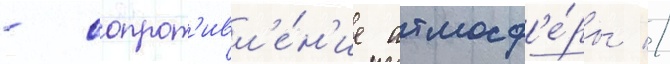
- сопрот'ивл'е́н'ие атмосф'е́ры //